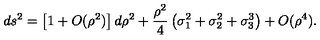
d s ^ { 2 } = \left[ 1 + O ( \rho ^ { 2 } ) \right] d \rho ^ { 2 } + \frac { \rho ^ { 2 } } { 4 } \left( \sigma _ { 1 } ^ { 2 } + \sigma _ { 2 } ^ { 2 } + \sigma _ { 3 } ^ { 3 } \right) + O ( \rho ^ { 4 } ) .